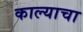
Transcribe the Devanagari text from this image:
काल्याचा